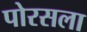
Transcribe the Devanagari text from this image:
पोरसला